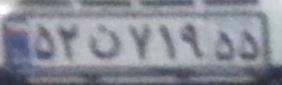
۵۲ن۷۱۹۵۵